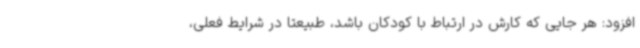
افزود: هر جایی که کارش در ارتباط با کودکان باشد، طبیعتا در شرایط فعلی،